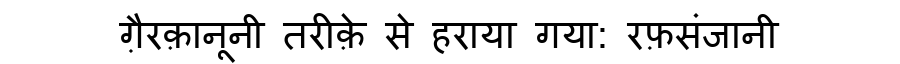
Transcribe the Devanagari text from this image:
ग़ैरक़ानूनी तरीक़े से हराया गया: रफ़संजानी